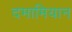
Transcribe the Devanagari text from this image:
दमामियान